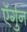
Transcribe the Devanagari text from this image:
ऍर्गुन